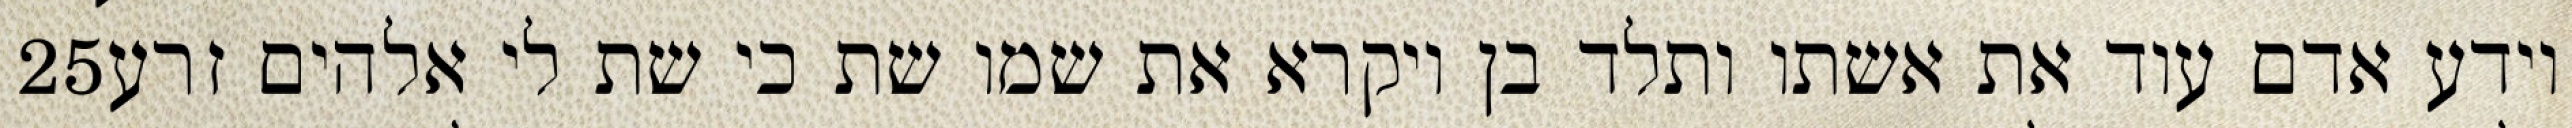
‎25‏ וידע אדם עוד את אשתו ותלד בן ויקרא את שמו שת כי שת לי אלהים זרע